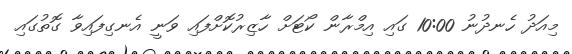
މިއަދު ހެނދުނު 10:00 ގައި އިމްރާން ކޯޓަށް ހާޒިރުކޮށްފައި ވަނީ އެނގިފައިވާ ގޮތުގައި